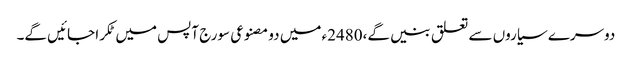
دوسرے سیاروں سے تعلق بنیں گے،2480ء میں دو مصنوعی سورج آپس میں ٹکرا جائیں گے۔